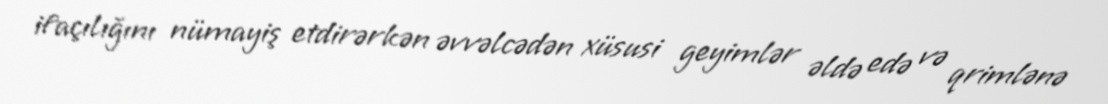
ifaçılığını nümayiş etdirərkən əvvəlcədən xüsusi geyimlər əldə edə və qrimlənə